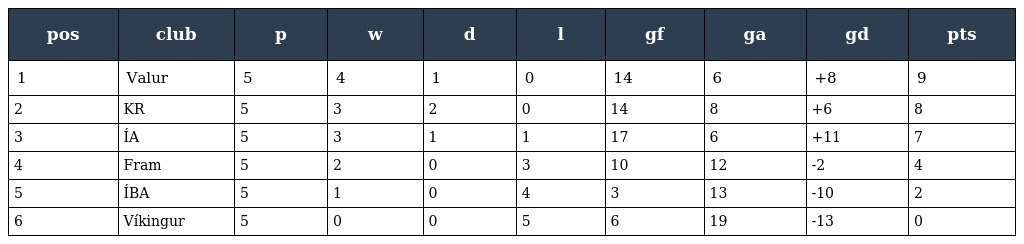
| pos | club | p | w | d | l | gf | ga | gd | pts |
 | --- | --- | --- | --- | --- | --- | --- | --- | --- | --- |
 | 1 | Valur | 5 | 4 | 1 | 0 | 14 | 6 | +8 | 9 |
 | 2 | KR | 5 | 3 | 2 | 0 | 14 | 8 | +6 | 8 |
 | 3 | ÍA | 5 | 3 | 1 | 1 | 17 | 6 | +11 | 7 |
 | 4 | Fram | 5 | 2 | 0 | 3 | 10 | 12 | -2 | 4 |
 | 5 | ÍBA | 5 | 1 | 0 | 4 | 3 | 13 | -10 | 2 |
 | 6 | Víkingur | 5 | 0 | 0 | 5 | 6 | 19 | -13 | 0 |